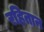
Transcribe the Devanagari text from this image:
रहितान